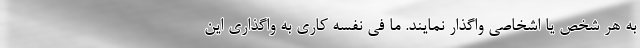
به هر شخص یا اشخاصی واگذار نمایند. ما فی ‌نفسه کاری به واگذاری این